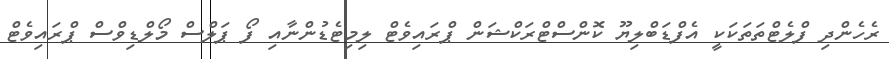
ރެހެންދި ފްލެޓްތަތަކަކީ އެފްޑަބްލިޔޫ ކޮންސްޓްރަކްޝަން ޕްރައިވެޓް ލިމިޓެޑުންނާއި ފޯ ޕަލްސް މޯލްޑިވްސް ޕްރައިވެޓް